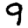
Digit: 9